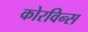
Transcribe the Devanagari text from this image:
कोरविन्स